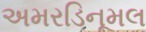
અમરડિનૂમલ